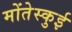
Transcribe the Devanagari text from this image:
मोंतेस्कुई